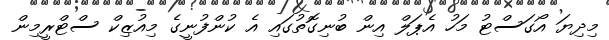
މިދިޔަ އޯގަސްޓު މަހު އެޕަލް އިން ބުނިގޮތުގައި އެ ކުންފުނީގެ މިއުޒިކް ސްޓްރީމިން